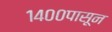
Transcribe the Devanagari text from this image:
१४००पासून